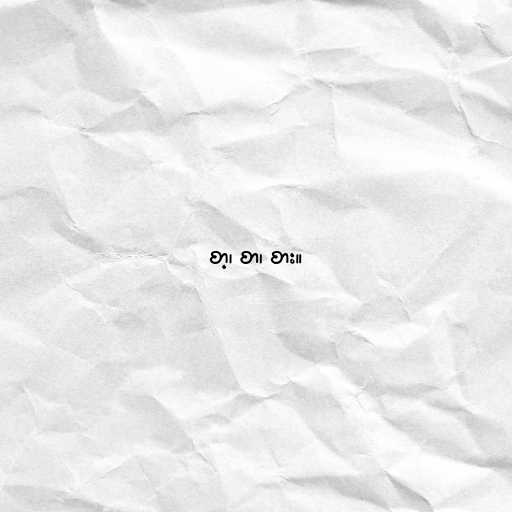
စာ့၊ စာ၊ စား။